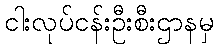
ငါးလုပ်ငန်းဦးစီးဌာနမှ